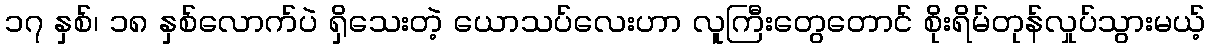
၁၇ နှစ်၊ ၁၈ နှစ်လောက်ပဲ ရှိသေးတဲ့ ယောသပ်လေးဟာ လူကြီးတွေတောင် စိုးရိမ်တုန်လှုပ်သွားမယ့်